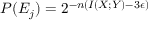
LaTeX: P ( E _ { j } ) = 2 ^ { - n ( I ( X ; Y ) - 3 \epsilon ) }